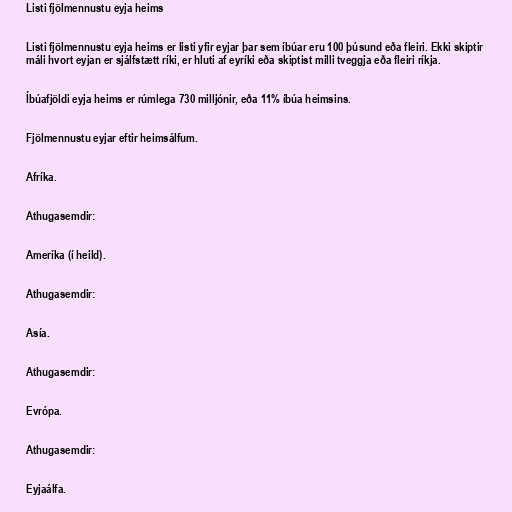
Listi fjölmennustu eyja heims

Listi fjölmennustu eyja heims er listi yfir eyjar þar sem íbúar eru 100 þúsund eða fleiri. Ekki skiptir
máli hvort eyjan er sjálfstætt ríki, er hluti af eyríki eða skiptist milli tveggja eða fleiri ríkja.

Íbúafjöldi eyja heims er rúmlega 730 milljónir, eða 11% íbúa heimsins.

Fjölmennustu eyjar eftir heimsálfum.

Afríka.

Athugasemdir:

Ameríka (í heild).

Athugasemdir:

Asía.

Athugasemdir:

Evrópa.

Athugasemdir:

Eyjaálfa.